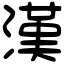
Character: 漢